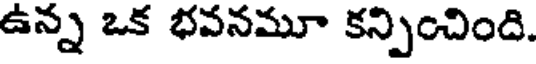
ఉన్న ఒక భవనమూ కన్పించింది.